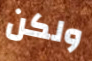
ولكن